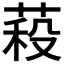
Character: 𮏷